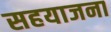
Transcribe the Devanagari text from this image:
सहयाजना